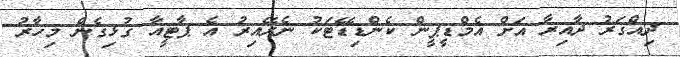
ދިއްގަރު ދާއިރާ އަށް އެމްޑީޕީން ކެންޑިޑޭޓަކު ނެރޭއިރު އެ ޕާޓީއާ ގުޅިގެން މިހާރު